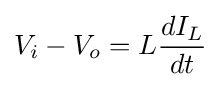
V_{i}-V_{o}=L{\frac {dI_{L}}{dt}}